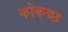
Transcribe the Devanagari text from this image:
कोकच्छ